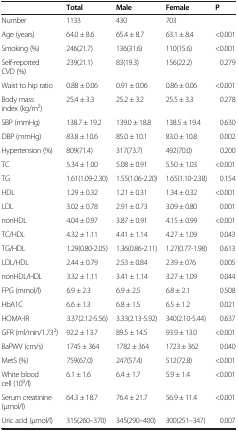
<table><thead><tr><td><b> </b></td><td><b>Total</b></td><td><b>Male</b></td><td><b>Female</b></td><td><b>P</b></td></tr></thead><tbody><tr><td>Number</td><td>1133</td><td>430</td><td>703</td><td> </td></tr><tr><td>Age (years)</td><td>64.0 ± 8.6</td><td>65.4 ± 8.7</td><td>63.1 ± 8.4</td><td>&lt;0.001</td></tr><tr><td>Smoking (%)</td><td>246(21.7)</td><td>136(31.6)</td><td>110(15.6)</td><td>&lt;0.001</td></tr><tr><td>Self-reported CVD (%)</td><td>239(21.1)</td><td>83(19.3)</td><td>156(22.2)</td><td>0.279</td></tr><tr><td>Waist to hip ratio</td><td>0.88 ± 0.06</td><td>0.91 ± 0.06</td><td>0.86 ± 0.06</td><td>&lt;0.001</td></tr><tr><td>Body mass index (kg/m<sup>2</sup>)</td><td>25.4 ± 3.3</td><td>25.2 ± 3.2</td><td>25.5 ± 3.3</td><td>0.278</td></tr><tr><td>SBP (mmHg)</td><td>138.7 ± 19.2</td><td>139.0 ± 18.8</td><td>138.5 ± 19.4</td><td>0.630</td></tr><tr><td>DBP (mmHg)</td><td>83.8 ± 10.6</td><td>85.0 ± 10.1</td><td>83.0 ± 10.8</td><td>0.002</td></tr><tr><td>Hypertension (%)</td><td>809(71.4)</td><td>317(73.7)</td><td>492(70.0)</td><td>0.200</td></tr><tr><td>TC</td><td>5.34 ± 1.00</td><td>5.08 ± 0.91</td><td>5.50 ± 1.03</td><td>&lt;0.001</td></tr><tr><td>TG</td><td>1.61(1.09-2.30)</td><td>1.55(1.06-2.20)</td><td>1.65(1.10-2.38)</td><td>0.154</td></tr><tr><td>HDL</td><td>1.29 ± 0.32</td><td>1.21 ± 0.31</td><td>1.34 ± 0.32</td><td>&lt;0.001</td></tr><tr><td>LDL</td><td>3.02 ± 0.78</td><td>2.91 ± 0.73</td><td>3.09 ± 0.80</td><td>0.001</td></tr><tr><td>nonHDL</td><td>4.04 ± 0.97</td><td>3.87 ± 0.91</td><td>4.15 ± 0.99</td><td>&lt;0.001</td></tr><tr><td>TC/HDL</td><td>4.32 ± 1.11</td><td>4.41 ± 1.14</td><td>4.27 ± 1.09</td><td>0.043</td></tr><tr><td>TG/HDL</td><td>1.29(0.80-2.05)</td><td>1.36(0.86-2.11)</td><td>1.27(0.77-1.98)</td><td>0.613</td></tr><tr><td>LDL/HDL</td><td>2.44 ± 0.79</td><td>2.53 ± 0.84</td><td>2.39 ± 076</td><td>0.005</td></tr><tr><td>nonHDL/HDL</td><td>3.32 ± 1.11</td><td>3.41 ± 1.14</td><td>3.27 ± 1.09</td><td>0.044</td></tr><tr><td>FPG (mmol/l)</td><td>6.9 ± 2.3</td><td>6.9 ± 2.5</td><td>6.8 ± 2.1</td><td>0.508</td></tr><tr><td>HbA1C</td><td>6.6 ± 1.3</td><td>6.8 ± 1.5</td><td>6.5 ± 1.2</td><td>0.021</td></tr><tr><td>HOMA-IR</td><td>3.37(2.12-5.56)</td><td>3.33(2.13-5.92)</td><td>340(2.10-5.44)</td><td>0.637</td></tr><tr><td>GFR (ml/min/1.73<sup>2</sup>)</td><td>92.2 ± 13.7</td><td>89.5 ± 14.5</td><td>93.9 ± 13.0</td><td>&lt;0.001</td></tr><tr><td>BaPWV (cm/s)</td><td>1745 ± 364</td><td>1782 ± 364</td><td>1723 ± 362</td><td>0.040</td></tr><tr><td>MetS (%)</td><td>759(67.0)</td><td>247(57.4)</td><td>512(72.8)</td><td>&lt;0.001</td></tr><tr><td>White blood cell (10<sup>9</sup>/l)</td><td>6.1 ± 1.6</td><td>6.4 ± 1.7</td><td>5.9 ± 1.4</td><td>&lt;0.001</td></tr><tr><td>Serum creatinine (μmol/l)</td><td>64.3 ± 18.7</td><td>76.4 ± 21.7</td><td>56.9 ± 11.4</td><td>&lt;0.001</td></tr><tr><td>Uric acid (μmol/l)</td><td>315(260–370)</td><td>345(290–400)</td><td>300(251–347)</td><td>0.007</td></tr></tbody></table>